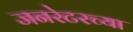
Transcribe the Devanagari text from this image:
जनरेटरच्या